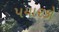
પયારકો